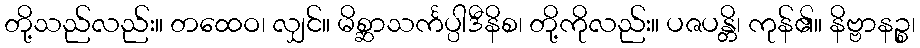
တို့သည်လည်း။ တထေဝ၊ လျှင်။ မိစ္ဆာသင်္ကပ္ပါဒီနိစ၊ တို့ကိုလည်း။ ပဇပန္တိ၊ ကုန်၏။ နိဗ္ဗာနဉ္စ၊